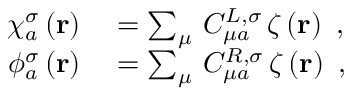
\begin{array} { r l } { \chi _ { a } ^ { \sigma } \left( \mathbf { r } \right) } & { { } = \sum _ { \mu } \, C _ { \mu a } ^ { L , \sigma } \, \zeta \left( \mathbf { r } \right) \mathrm { ~ , ~ } } \\ { \phi _ { a } ^ { \sigma } \left( \mathbf { r } \right) } & { { } = \sum _ { \mu } \, C _ { \mu a } ^ { R , \sigma } \, \zeta \left( \mathbf { r } \right) \mathrm { ~ , ~ } } \end{array}